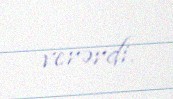
verərdi.